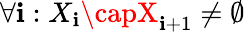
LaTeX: \forall\mathbf{i}:X_{\mathbf{i}}\capX_{\mathbf{i}+1}\neq\emptyset